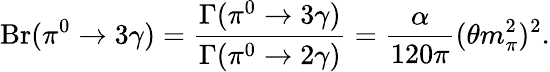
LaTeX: \displaystyle\mathrm{Br}(\pi^{0}\to 3\gamma)=\frac{\Gamma(\pi^{0}\to 3\gamma)}{\Gamma(\pi^{0}\to 2\gamma)}=\frac{\alpha}{120\pi}(\theta m_{\pi}^{2})^{2}.